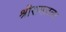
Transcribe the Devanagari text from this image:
श्रीरामलला